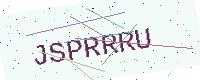
Text: JSPRRRU